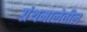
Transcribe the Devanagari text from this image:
ग्रंथमालेतील